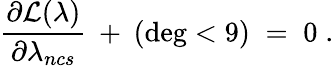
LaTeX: \frac{\partial{\cal{L}}(\lambda)}{\partial\lambda_{ncs}}\: +\: (\deg<9)\; =\; 0\; .